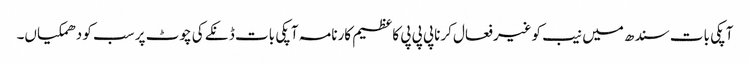
آپکی بات سندھ میں نیب کوغیرفعال کرناپی پی پی کاعظیم کارنامہ آپکی بات ڈنکے کی چوٹ پر سب کو دھمکیاں۔